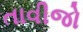
તાવીજો